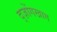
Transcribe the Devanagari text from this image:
द्ज़ोंगखाग